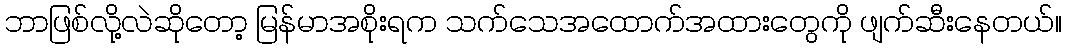
ဘာဖြစ်လို့လဲဆိုတော့ မြန်မာအစိုးရက သက်သေအထောက်အထားတွေကို ဖျက်ဆီးနေတယ်။